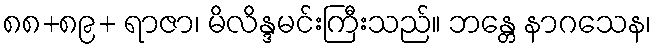
၈၈+၈၉+ ရာဇာ၊ မိလိန္ဒမင်းကြီးသည်။ ဘန္တေ နာဂသေန၊